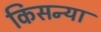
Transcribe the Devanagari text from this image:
किसन्या